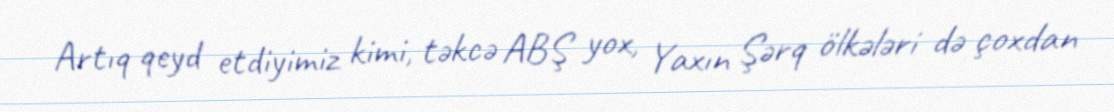
Artıq qeyd etdiyimiz kimi, təkcə ABŞ yox, Yaxın Şərq ölkələri də çoxdan